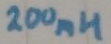
Text: 200mH